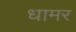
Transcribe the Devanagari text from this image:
धामर